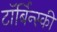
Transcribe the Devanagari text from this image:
टॉर्बिन्स्की